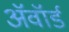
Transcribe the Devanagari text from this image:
अॅवॉर्ड